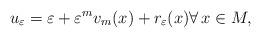
LaTeX: \begin{align*}u_\varepsilon = \varepsilon + \varepsilon^m v_m(x)+ r_\varepsilon(x)\forall\, x\in M,\end{align*}